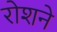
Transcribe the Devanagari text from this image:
रोशने